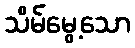
သိမ်မွေ့သော